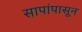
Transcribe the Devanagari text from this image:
सापांपासून